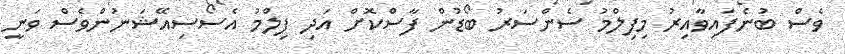
ވެސް ބުނެފައިވާއިރު މިފިލްމު ސެންސަރު ބޯޑުން ފާސްކޮށް އަދި ފިލްމު އެސޯސިއޭޝަނުންވެސް ވަނީ